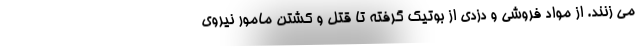
می زنند. از مواد فروشی و دزدی از بوتیک گرفته تا قتل و کشتن مامور نیروی